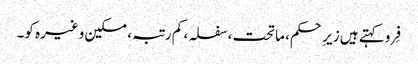
فِرو کہتے ہیں زیرِ حکم، ماتحت، سفلہ، کم رتبہ، مسکین وغیرہ کو۔